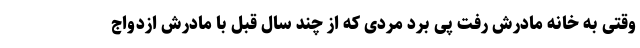
وقتی به خانه مادرش رفت پی برد مردی که از چند سال قبل با مادرش ازدواج